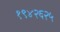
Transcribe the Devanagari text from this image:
१९४२६२५